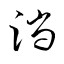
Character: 淌